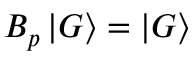
B _ { p } \mathinner { | { G } \rangle } = \mathinner { | { G } \rangle }